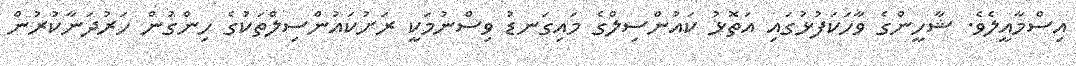
އިސްމާއީލެވެ. ޝާހީންގެ ވާހަކަފުޅުގައި އަތޮޅު ކައުންސިލްގެ މައިގަނޑު ވިސްނުމަކީ ރަށުކައުންސިލްތަކުގެ ހިންގުން ހަރުދަނާކުރުން